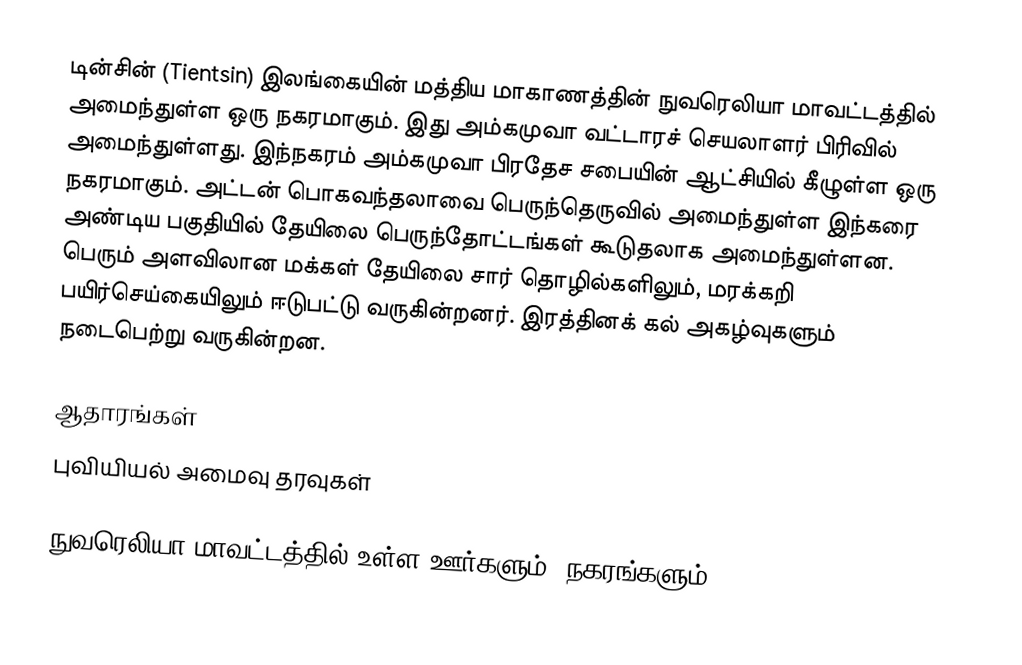
டின்சின் (Tientsin) இலங்கையின் மத்திய மாகாணத்தின் நுவரெலியா மாவட்டத்தில் அமைந்துள்ள ஒரு நகரமாகும். இது அம்கமுவா வட்டாரச் செயலாளர் பிரிவில் அமைந்துள்ளது. இந்நகரம் அம்கமுவா பிரதேச சபையின் ஆட்சியில் கீழுள்ள ஒரு நகரமாகும். அட்டன் பொகவந்தலாவை பெருந்தெருவில் அமைந்துள்ள இந்கரை அண்டிய பகுதியில் தேயிலை பெருந்தோட்டங்கள் கூடுதலாக அமைந்துள்ளன. பெரும் அளவிலான மக்கள் தேயிலை சார் தொழில்களிலும், மரக்கறி பயிர்செய்கையிலும் ஈடுபட்டு வருகின்றனர். இரத்தினக் கல் அகழ்வுகளும் நடைபெற்று வருகின்றன.

ஆதாரங்கள்
புவியியல் அமைவு தரவுகள்

நுவரெலியா மாவட்டத்தில் உள்ள ஊர்களும், நகரங்களும்